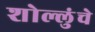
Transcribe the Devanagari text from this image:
शोल्लुंचे